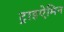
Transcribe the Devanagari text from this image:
ट्राइऐमिन